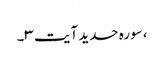
، سورہ حدید آیت ۳۔